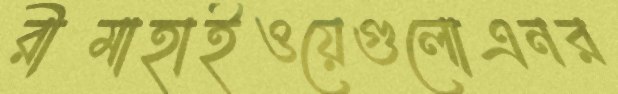
রীমাহাইওয়েগুলোএনর